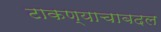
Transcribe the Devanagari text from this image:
टाकण्याचाबदल